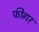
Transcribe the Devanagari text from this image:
फीगर